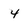
Character: 4